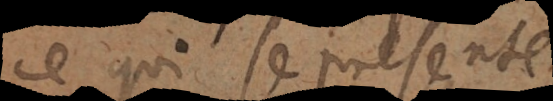
ce qui se presente